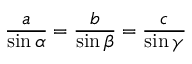
{ \frac { a } { \sin \alpha } } = { \frac { b } { \sin \beta } } = { \frac { c } { \sin \gamma } }